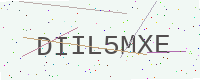
Text: DIIL5MXE